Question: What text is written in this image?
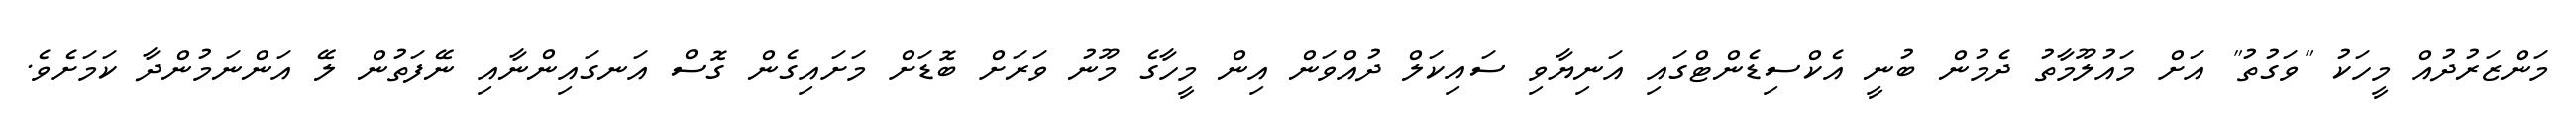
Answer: މަންޒަރުދުއް މީހަކު "ވަގުތު" އަށް މައުލޫމާތު ދެމުން ބުނީ އެކްސިޑެންޓްގައި އަނިޔާވި ސައިކަލް ދުއްވަން އިން މީހާގެ މޫނު ވަރަށް ބޮޑަށް މަށައިގެން ގޮސް އަނގައިންނާއި ނޭފަތުން ލޭ އަންނަމުންދާ ކަމަށެވެ.